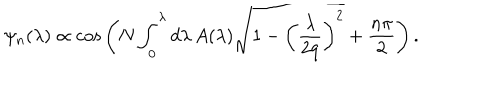
\psi _ { n } ( \lambda ) \propto { \cos } \left( N \int _ { 0 } ^ { \lambda } d \lambda \, A ( \lambda ) \sqrt { 1 - \left( \frac { \lambda } { 2 q } \right) ^ { 2 } } + \frac { n \pi } { 2 } \right) .